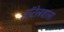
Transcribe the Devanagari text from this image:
हॉटेलवाला